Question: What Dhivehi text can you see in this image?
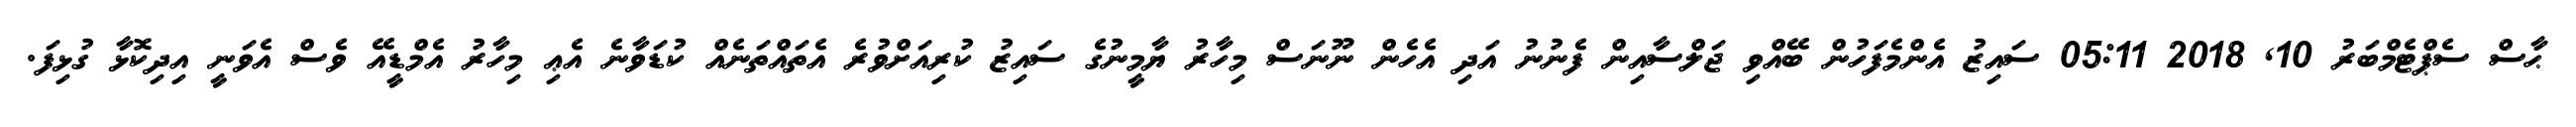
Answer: ޙާސް ސެޕްޓެމްބަރު 10, 2018 05:11 ސައިޒު އެންމެފަހުން ބޭއްވި ޖަލްސާއިން ފެނުނު އަދި އެހެން ނޫނަސް މިހާރު ޔާމީނުގެ ސައިޒު ކުރިއަށްވުރެ އެތައްތަނެއް ކުޑަވާނެ އެޢި މިހާރު އެމްޑީއޭ ވެސް އެވަނީ އިދިކޮޅާ ގުޅިފަ.